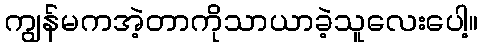
ကျွန်မကအဲ့တာကိုသာယာခဲ့သူလေးပေါ့။